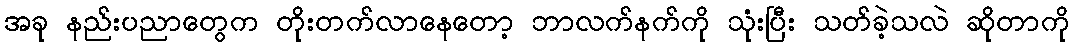
အခု နည်းပညာတွေက တိုးတက်လာနေတော့ ဘာလက်နက်ကို သုံးပြီး သတ်ခဲ့သလဲ ဆိုတာကို